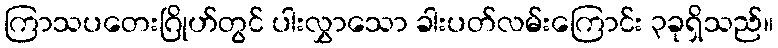
ကြာသပတေးဂြိုဟ်တွင် ပါးလွှာသော ခါးပတ်လမ်းကြောင်း ၃ခုရှိသည်။